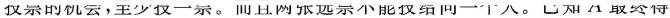
投票的机会，至少仅一票。而且网张远票不能投给同一个人。已知A最终得